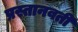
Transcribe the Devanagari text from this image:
प्रस्तानवती